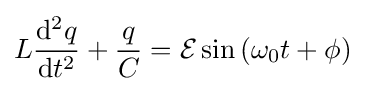
L{\mathrm {d} ^{2}q \over \mathrm {d} t^{2}}+{q \over C}={\mathcal {E}}\sin \left(\omega _{0}t+\phi \right)\,\!